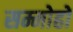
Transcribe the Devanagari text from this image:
सम्मोहों